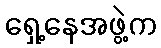
ရှေ့နေအဖွဲ့က